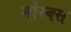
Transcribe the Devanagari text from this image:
मोस्क्स